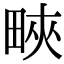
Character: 㽠